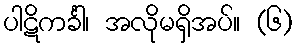
ပါဋိကင်္ခါ၊ အလိုမရှိအပ်။ (၆)